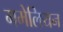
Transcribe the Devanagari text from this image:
ममेलियन